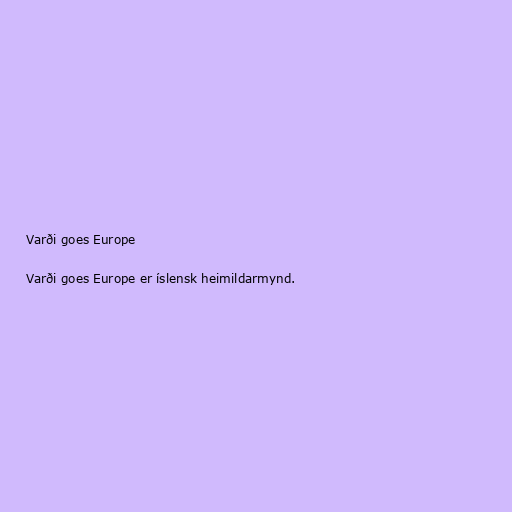
Varði goes Europe

Varði goes Europe er íslensk heimildarmynd.